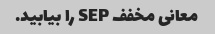
معانی مخفف SEP را بیابید.